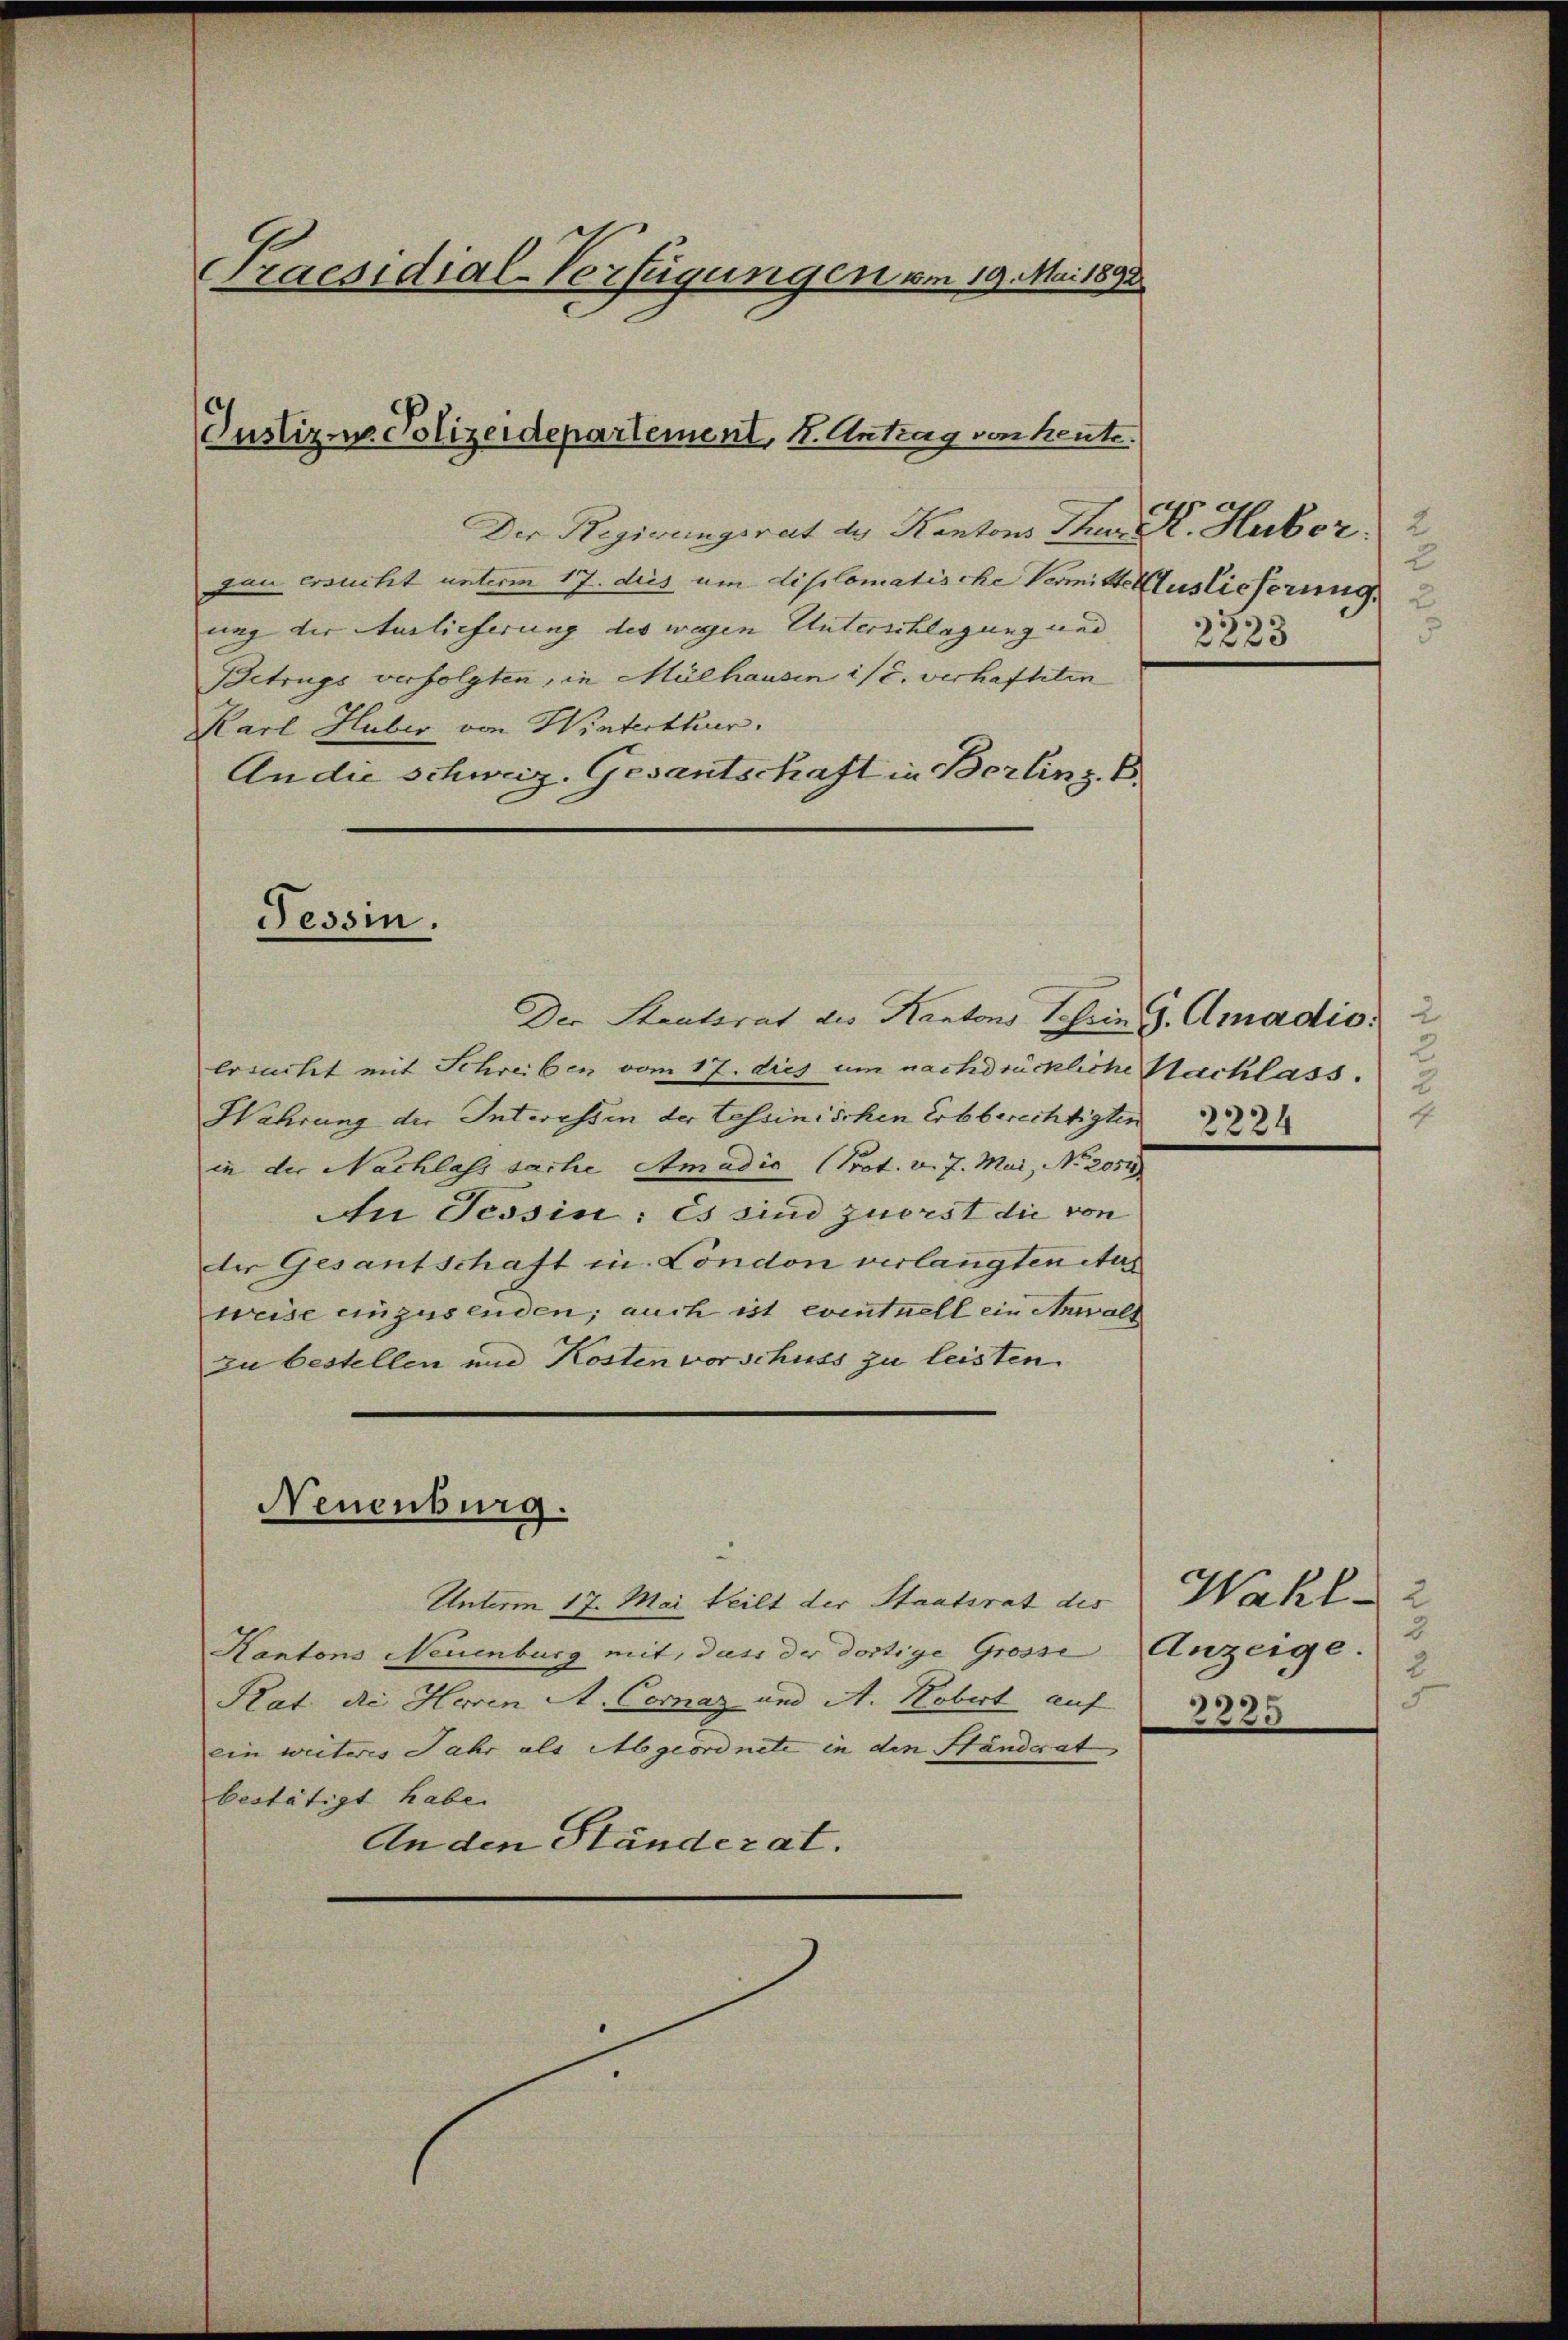
Praesidial-Verfügungen von 19. Mai 1892

Justiz- Polizeidepartement, 4. Antrag von heute.

Der Regirungsrat des Kantons Thur K. Huber, 2
van ersucht unterm 17. dies um diplomatische Vermitte Auslieferung,
ung der Auslieferung des wegen Unterschlagung und |
Betrugs verfolgten, in Mülhausen ist. verhafteten
Karl Huber von Winterthur.
An die schweiz. Gesantschaft in Berlin z. B.

Tessin.

Der Staatsrat des Kantons Schring. Amadio, 2
Ersucht mit Schreiben vom 17. dies um nachdrückliche Nachlass
Wahrung der Interessen der Tessinischen Erbberechtigten
in der Nachlass sache Amadić (Prot. v. 7. Mai, No 2051
An Tessin: Es sind zuerst die von
der Gesantschaft in London verlangten Aus
weise einzusenden; auch ist eventuell ein Anwall
zu bestellen und Kosten vorschuss zu leisten.
Unterm 17. Mai teilt der Staatsrat des
Kantons Neuenburg mit, dass der dortige Grosse
Rat die Herren A. Coraz und A. Kobert auf
ein weiteres Jahr als Abgeordnete in den Händerat
bestätigt habe.
An den Ständerat.

Neuenburg.

2
2223

2
2
E
2234

Wahl 2
3
Anzeige.
2
F

3325